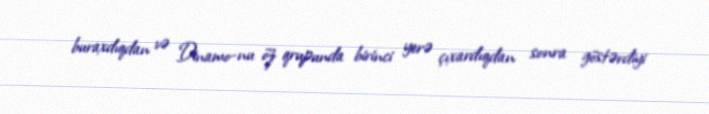
buraxdıqdan və Dinamo-nu öz qrupunda birinci yerə çıxardıqdan sonra göstərdiyi